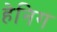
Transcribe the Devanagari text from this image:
हेनिग